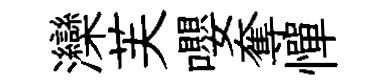
灤芙嚶奪憚